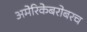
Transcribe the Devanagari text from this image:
अमेरिकेबरोबरच